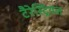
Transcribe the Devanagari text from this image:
टैरेस्ट्रियल